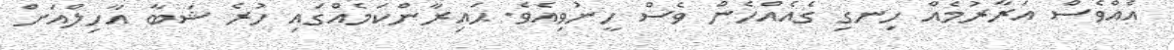
އެއްވެސް އަރާރުމެއް ހިނގި ގެއެއްހެން ވެސް ހީނުވިއެވެ. ޙައިރާންކަމެއްގައި ހުރެ ޝަބާ އާހިލްއަށް